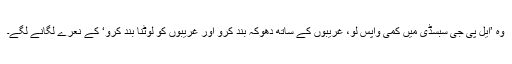
وہ ’ایل پی جی سبسڈی میں کمی واپس لو، غریبوں کے ساتھ دھوکہ بند کرو اور غریبوں کو لوٹنا بند کرو‘ کے نعرے لگانے لگے۔